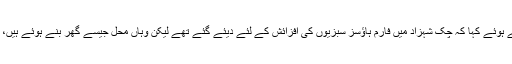
چیف جسٹس نے استفسار کرتے ہوئے کہا کہ چک شہزاد میں فارم ہاؤسز سبزیوں کی افزائش کے لئے دیئے گئے تھے لیکن وہاں محل جیسے گھر بنے ہوئے ہیں، یہ اراضی کس نے لیز پر دی؟